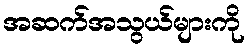
အဆက်အသွယ်များကို